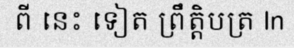
ពី នេះ ទៀត ព្រឹត្តិបត្រ In